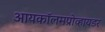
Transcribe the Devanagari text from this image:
आयकॉलमप्रोव्हायडर